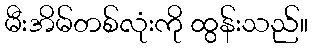
မီးအိမ်တစ်လုံးကို ထွန်းသည်။